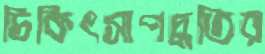
চিকিৎসাপদ্ধতির